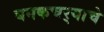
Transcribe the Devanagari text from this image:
घनकचर्‍याचे